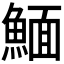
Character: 𩹠